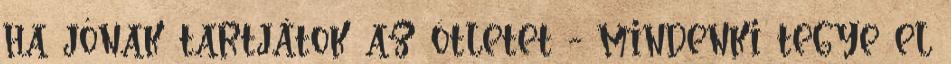
ha jónak tartjátok az ötletet - mindenki tegye el